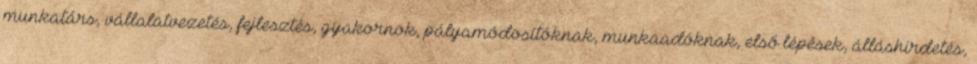
munkatárs, vállalatvezetés, fejlesztés, gyakornok, pályamódosítóknak, munkaadóknak, első lépések, álláshirdetés,